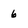
Character: 6